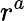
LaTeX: r^{a}